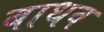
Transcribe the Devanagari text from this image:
बाधव